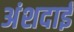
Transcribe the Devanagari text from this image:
अंशदाई